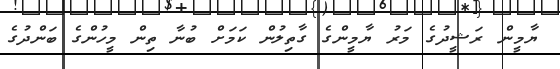
ޔާމީން ރަޝީދުގެ މަރު ޔާމީންގެ ގާތިލުން ކަމަށް ބުނާ ތިން މީހުންގެ ބަންދުގެ